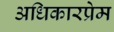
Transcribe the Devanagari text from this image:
अधिकारप्रेम